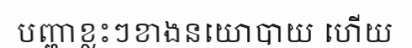
បញ្ហាខ្លះៗខាងនយោបាយ ហើយ